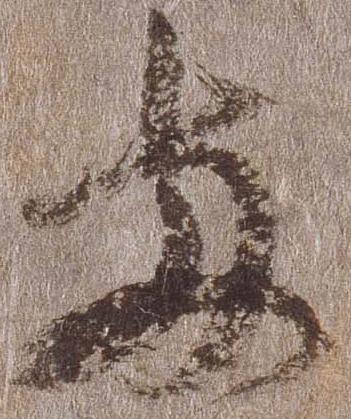
両